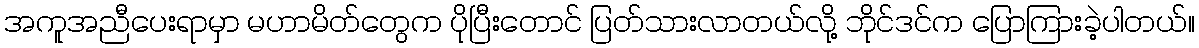
အကူအညီပေးရာမှာ မဟာမိတ်တွေက ပိုပြီးတောင် ပြတ်သားလာတယ်လို့ ဘိုင်ဒင်က ပြောကြားခဲ့ပါတယ်။